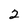
Character: 2